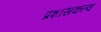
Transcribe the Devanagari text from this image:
प्रशासकत्व